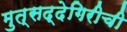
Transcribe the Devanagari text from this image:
मुत्सद्देगिरीची